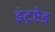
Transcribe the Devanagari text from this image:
इंट्रप्टेड